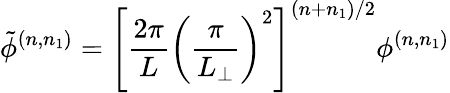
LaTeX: \tilde{\phi}^{(n,n_{1})}=\left[\frac{2\pi}{L}\left(\frac{\pi}{L_{\perp}}\right)^{2}\right]^{(n+n_{1})/2}\phi^{(n,n_{1})}